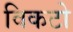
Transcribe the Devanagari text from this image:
विकटो